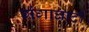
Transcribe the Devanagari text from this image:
गंगाघाटी